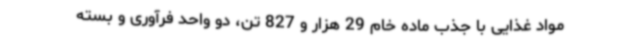
مواد غذایی با جذب ماده خام 29 هزار و 827 تن، دو واحد فرآوری و بسته